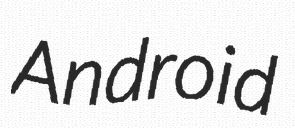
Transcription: Android